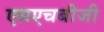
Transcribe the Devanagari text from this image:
एसएचबीजी